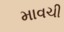
માવચી